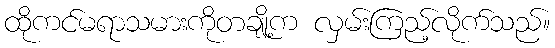
ထိုကင်မရာသမားကိုတချို့က လှမ်းကြည့်လိုက်သည်။